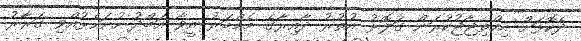
ދެކޮޅަށް އިހްތިޖާޖުކުރަން ގަލޮޅު އުތުރު ދާއިރާގެ މެމްބަރު އީވާ އަބްދު ހުށަހެޅުއްވި ގަރާރު